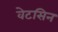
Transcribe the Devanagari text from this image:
वेटसिन